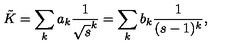
\tilde { K } = \sum _ { k } a _ { k } \frac { 1 } { \sqrt { s } ^ { k } } = \sum _ { k } b _ { k } \frac { 1 } { ( s - 1 ) ^ { k } } ,